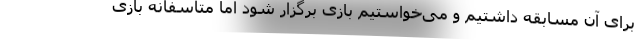
برای آن مسابقه داشتیم و می‌خواستیم بازی برگزار شود اما متاسفانه بازی